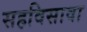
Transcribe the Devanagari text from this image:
सहविसावा